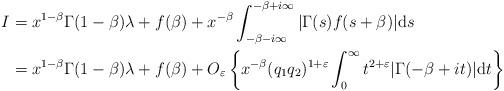
LaTeX: \begin{align*}I&=x^{1-\beta}\Gamma(1-\beta)\lambda+f(\beta)+x^{-\beta}\int_{-\beta-i\infty}^{-\beta+i\infty}|\Gamma(s)f(s+\beta)|\mathrm ds \\&=x^{1-\beta}\Gamma(1-\beta)\lambda+f(\beta)+O_\varepsilon\left\{x^{-\beta}(q_1q_2)^{1+\varepsilon}\int_0^\infty t^{2+\varepsilon}|\Gamma(-\beta+it)|\mathrm dt\right\}\end{align*}